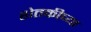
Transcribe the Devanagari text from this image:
शेतकीच्या